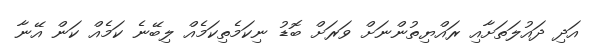
އަދި ދައުލަތަށާއި ރައްޔިތުންނަށް ވަރަށް ބޮޑު ނިކަމެތިކަމެއް ލިބޭނެ ކަމެއް ކަން އޭނާ